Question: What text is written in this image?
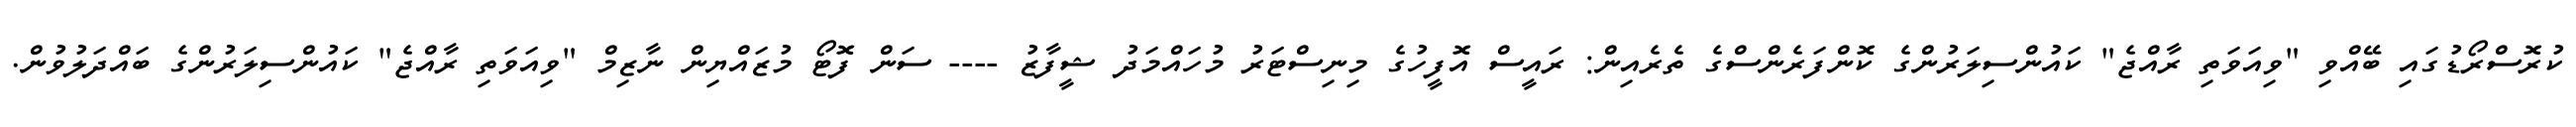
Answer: ކުރޮސްރޯޑުގައި ބޭއްވި "ވިއަވަތި ރާއްޖެ" ކައުންސިލަރުންގެ ކޮންފަރެންސްގެ ތެރެއިން: ރައީސް އޮފީހުގެ މިނިސްޓަރު މުހައްމަދު ޝީފާޒު ---- ސަން ފޮޓޯ މުޒައްޔިން ނާޒިމް "ވިއަވަތި ރާއްޖެ" ކައުންސިލަރުންގެ ބައްދަލުވުން.